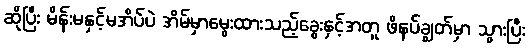
ဆိုပြီး မိန်းမနှင့်မအိပ်ပဲ အိမ်မှာမွေးထားသည့်ခွေးနှင့်အတူ ဖိနပ်ချွတ်မှာ သွားပြီး